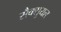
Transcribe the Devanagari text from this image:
सैक्सुयल